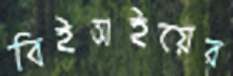
বিইআইয়ের